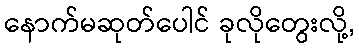
နောက်မဆုတ်ပေါင် ခုလိုတွေးလို့,